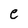
Character: e